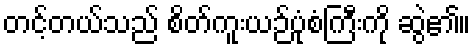
တင့်တယ်သည် စိတ်ကူးယဉ်ပုံစံကြီးကို ဆွဲ၏။